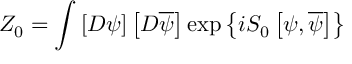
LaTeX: Z _ { 0 } = \int \left[ D \psi \right] \left[ D \overline { { { \psi } } } \right] \exp \left\{ i S _ { 0 } \left[ \psi , \overline { { { \psi } } } \right] \right\}